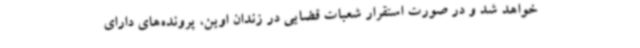
خواهد شد و در صورت استقرار شعبات قضایی در زندان اوین، پرونده‌های دارای